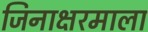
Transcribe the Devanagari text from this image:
जिनाक्षरमाला